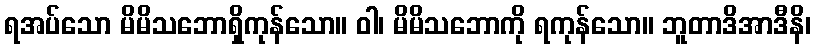
ရအပ်သော မိမိသဘောရှိကုန်သော။ ဝါ၊ မိမိသဘောကို ရကုန်သော။ ဘူတာဒိအာဒီနိ၊